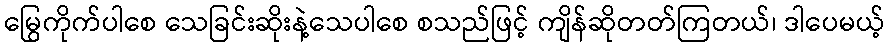
မြွေကိုက်ပါစေ သေခြင်းဆိုးနဲ့သေပါစေ စသည်ဖြင့် ကျိန်ဆိုတတ်ကြတယ်၊ ဒါပေမယ့်